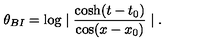
\theta _ { B I } = \log \mid \frac { \cosh ( t - t _ { 0 } ) } { \cos ( x - x _ { 0 } ) } \mid .